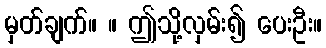
မှတ်ချက်။ ။ ဤသို့လှမ်း၍ ပေးဦး။